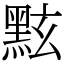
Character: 𪐷